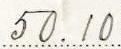
50.10